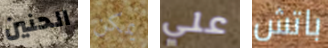
الحنين يمكن علي باتش